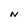
Character: N